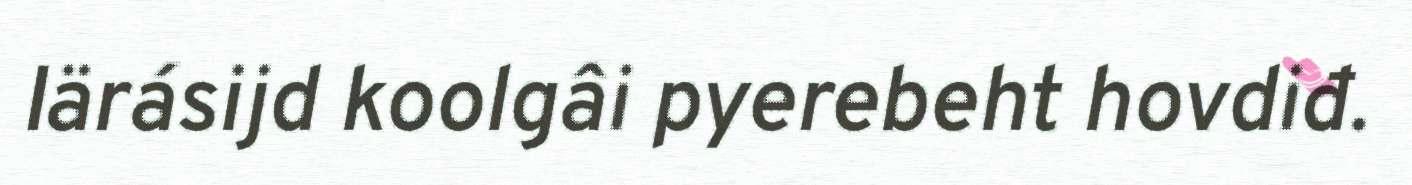
Iärásijd koolgâi pyerebeht hovdiđ.